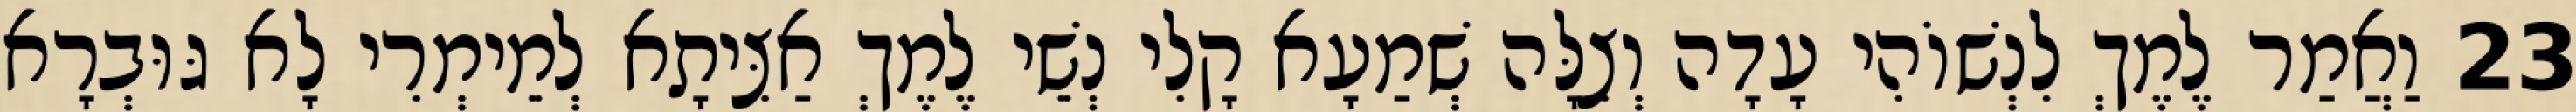
23 וַאֲמַר לֶמֶךְ לִנְשׁוֹהִי עָדָה וְצִלָּה שְׁמַעָא קָלִי נְשֵׁי לֶמֶךְ אַצִּיתָא לְמֵימְרִי לָא גּוּבְרָא